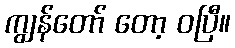
ကျွန်တော် တော့ ဝပြီ။